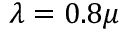
\lambda = 0 . 8 \mu